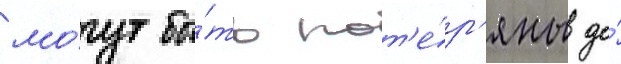
мо́гут бы́ть пот'е́р'яны до́